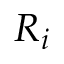
R _ { i }